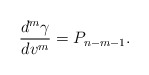
\begin{align*} \frac{d^m\gamma}{dv^m}=P_{n-m-1}.\end{align*}